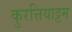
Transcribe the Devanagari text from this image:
कुरत्तियाट्टम